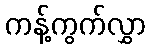
ကန့်ကွက်လွှာ